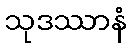
သုဒဿာနံ